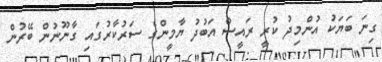
ގިނަ ބަޔަކު އުންމިދު ކުރީ ރައީސް އަބުދު ޔާމީންގެ ސަރުކާރުގައި ގާނޫނުން ބޭރުން